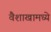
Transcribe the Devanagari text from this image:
वैशाखामध्ये